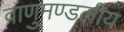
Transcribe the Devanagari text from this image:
वाणुमण्डलीय